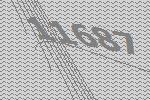
11687